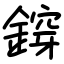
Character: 𨩴